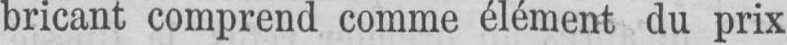
bricant comprend comme élément du prix